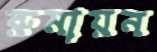
রুমায়ন